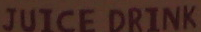
JUICE DRINK